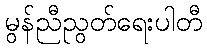
မွန်ညီညွတ်ရေးပါတီ